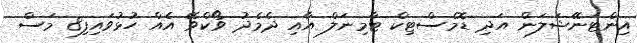
އިންޓަނޭޝަލަން އަދި ޑޮމެސްޓިކް ޓާމިނަލް އާއި ދެމެދު ވޯކްވޭ އެއް ހުޅުވައިފި8 މަސް